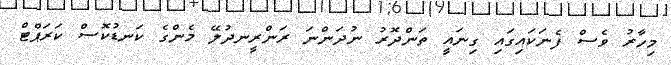
މިހާރު ވެސް ފެނަކައިގައި ގިނައީ ތަންދޮރު ނުދަންނަ ރަންރީނދުލޭ މެންގެ ކަނޑުކޮސް ކަރަޕްޓް